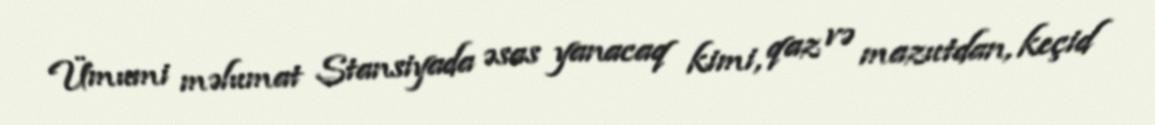
Ümumi məlumat Stansiyada əsas yanacaq kimi, qaz və mazutdan, keçid